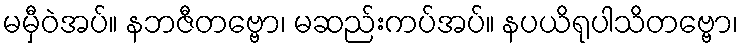
မမှီဝဲအပ်။ နဘဇီတဗ္ဗော၊ မဆည်းကပ်အပ်။ နပယိရုပါသိတဗ္ဗော၊